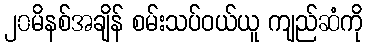
၂၀မိနစ်အချိန် စမ်းသပ်ဝယ်ယူ ကျည်ဆံကို